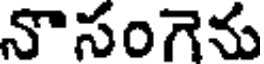
నొసంగెను